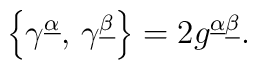
\left\{ \gamma ^{\underline{\alpha }},\,\gamma ^{\underline{\beta }}\right\}=2g^{\underline{\alpha }\underline{\beta }}.